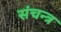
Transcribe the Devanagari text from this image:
संचन्त्र